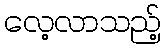
လေ့လာသည့်